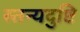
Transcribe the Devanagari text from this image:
स्तन्यदुष्टि